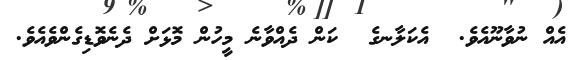
އެއް ނުވާނޫއެވެ.  އެކަލާނގެ  ކަން ދެއްވާނެ މީހުން މޮޅަށް ދެނެވޮޑިގެންވެއެވެ.